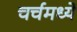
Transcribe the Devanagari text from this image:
चर्चमध्‍ये